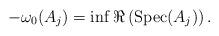
LaTeX: \begin{align*} -\omega_0(A_j)=\inf \Re\left(\operatorname{Spec}(A_j)\right).\end{align*}